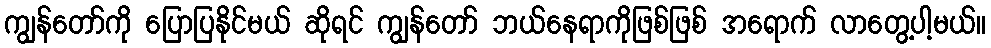
ကျွန်တော်ကို ပြောပြနိုင်မယ် ဆိုရင် ကျွန်တော် ဘယ်နေရာကိုဖြစ်ဖြစ် အရောက် လာတွေ့ပါ့မယ်။